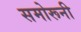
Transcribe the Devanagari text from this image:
समोरूनी